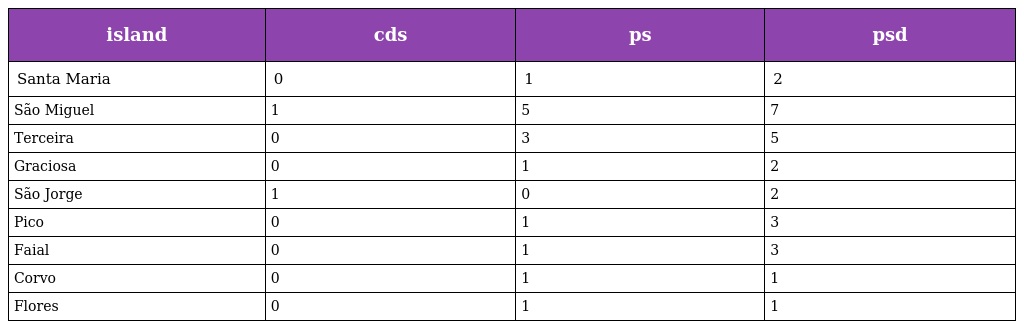
| island | cds | ps | psd |
 | --- | --- | --- | --- |
 | Santa Maria | 0 | 1 | 2 |
 | São Miguel | 1 | 5 | 7 |
 | Terceira | 0 | 3 | 5 |
 | Graciosa | 0 | 1 | 2 |
 | São Jorge | 1 | 0 | 2 |
 | Pico | 0 | 1 | 3 |
 | Faial | 0 | 1 | 3 |
 | Corvo | 0 | 1 | 1 |
 | Flores | 0 | 1 | 1 |